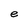
Character: e